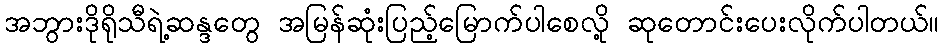
အဘွားဒိုရိုသီရဲ့ဆန္ဒတွေ အမြန်ဆုံးပြည့်မြောက်ပါစေလို့ ဆုတောင်းပေးလိုက်ပါတယ်။